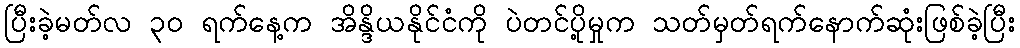
ပြီးခဲ့မတ်လ ၃၀ ရက်နေ့က အိန္ဒိယနိုင်ငံကို ပဲတင်ပို့မှုက သတ်မှတ်ရက်နောက်ဆုံးဖြစ်ခဲ့ပြီး